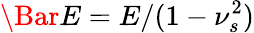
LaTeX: \Bar{E}=E/(1-\nu_{s}^{2})